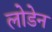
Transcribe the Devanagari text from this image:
लोडेन